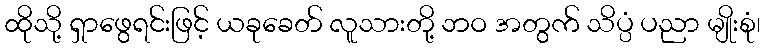
ထိုသို့ ရှာဖွေရင်းဖြင့် ယခုခေတ် လူသားတို့ ဘဝ အတွက် သိပ္ပံ ပညာ မျိုးစုံ၊